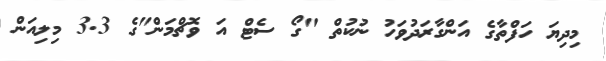
މިދިޔަ ހަފްތާގެ އަންގާރަދުވަހު ނުކުތް "ގޯ ސެޓް އަ ވޮޗްމަން"ގެ 3.3 މިލިއަން